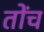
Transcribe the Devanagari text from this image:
तोंच